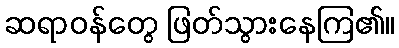
ဆရာဝန်တွေ ဖြတ်သွားနေကြ၏။